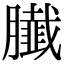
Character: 𦢙